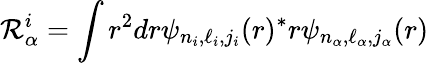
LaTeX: \mathcal{R}_{\alpha}^{i}=\int r^{2}dr\psi_{n_{i},\ell_{i},j_{i}}(r)^{*}r\psi_{n_{\alpha},\ell_{\alpha},j_{\alpha}}(r)